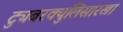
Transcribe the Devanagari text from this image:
ट्युबरक्युलिसारखा